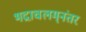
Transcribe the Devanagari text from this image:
भद्राचलम्‌नंतर